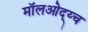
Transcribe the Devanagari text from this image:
मॉलओद्य्च